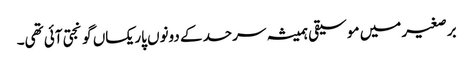
برصغیر میں موسیقی ہمیشہ سرحد کے دونوں پار یکساں گونجتی آئی تھی۔